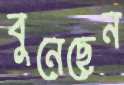
বুনেছেন